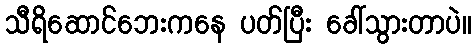
သီရိဆောင်ဘေးကနေ ပတ်ပြီး ခေါ်သွားတာပဲ။